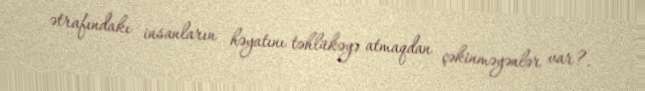
ətrafındakı insanların həyatını təhlükəyə atmaqdan çəkinməyənlər var?.